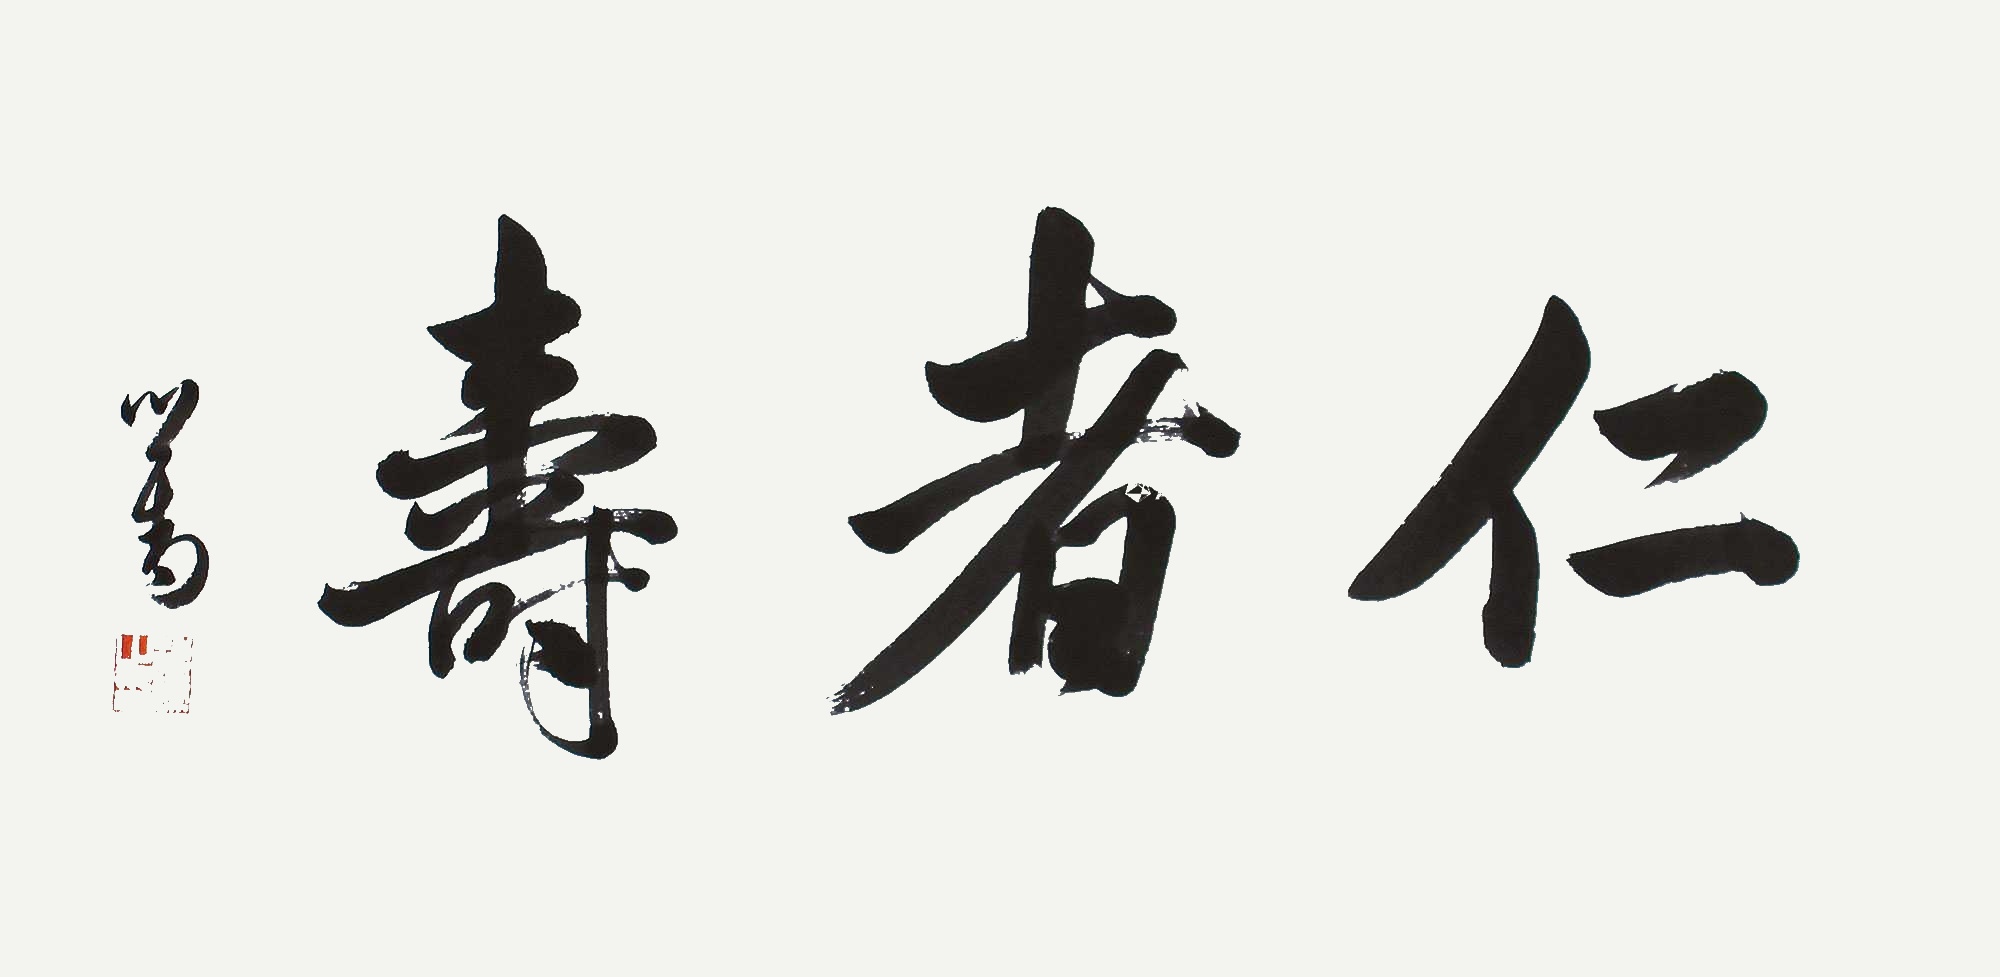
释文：仁者寿心畬。